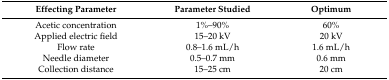
| Effecting Parameter | Parameter Studied | Optimum |
 | --- | --- | --- |
 | Acetic concentration | 1%–90% | 60% |
 | Applied electric field | 15–20 kV | 20 kV |
 | Flow rate | 0.8–1.6 mL/h | 1.6 mL/h |
 | Needle diameter | 0.5–0.7 mm | 0.6 mm |
 | Collection distance | 15–25 cm | 20 cm |